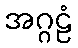
အဂ္ဂဠံ